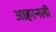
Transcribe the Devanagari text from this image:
आहरनली